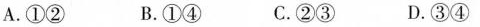
A.①② B.①④ C.②③ D.③④